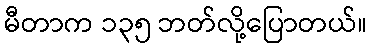
မီတာက ၁၃၅ ဘတ်လို့ပြောတယ်။